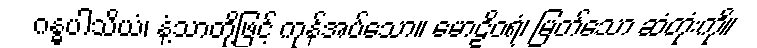
ဂန္ဓပါသိယံ၊ နံ့သာတို့ဖြင့် ကုန်အပ်သော။ မောဠိဝရံ၊ မြတ်သော ဆံတုံးကို။